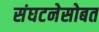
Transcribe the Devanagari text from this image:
संघटनेसोबत